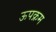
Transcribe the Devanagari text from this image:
ऊपक्रम